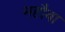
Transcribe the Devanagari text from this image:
महौबा